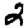
Digit: 2